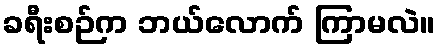
ခရီးစဉ်က ဘယ်လောက် ကြာမလဲ။